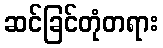
ဆင်ခြင်တုံတရား